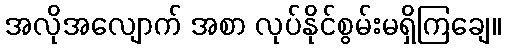
အလိုအလျောက် အစာ လုပ်နိုင်စွမ်းမရှိကြချေ။